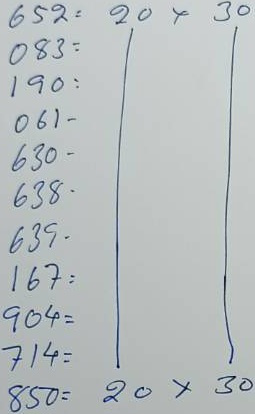
652 = 20 x 30
083 = 20 x 30
190 = 20 x 30
061 = 20 x 30
630 = 20 x 30
638 = 20 x 30
639 = 20 x 30
167 = 20 x 30
904 = 20 x 30
714 = 20 x 30
850 = 20 x 30